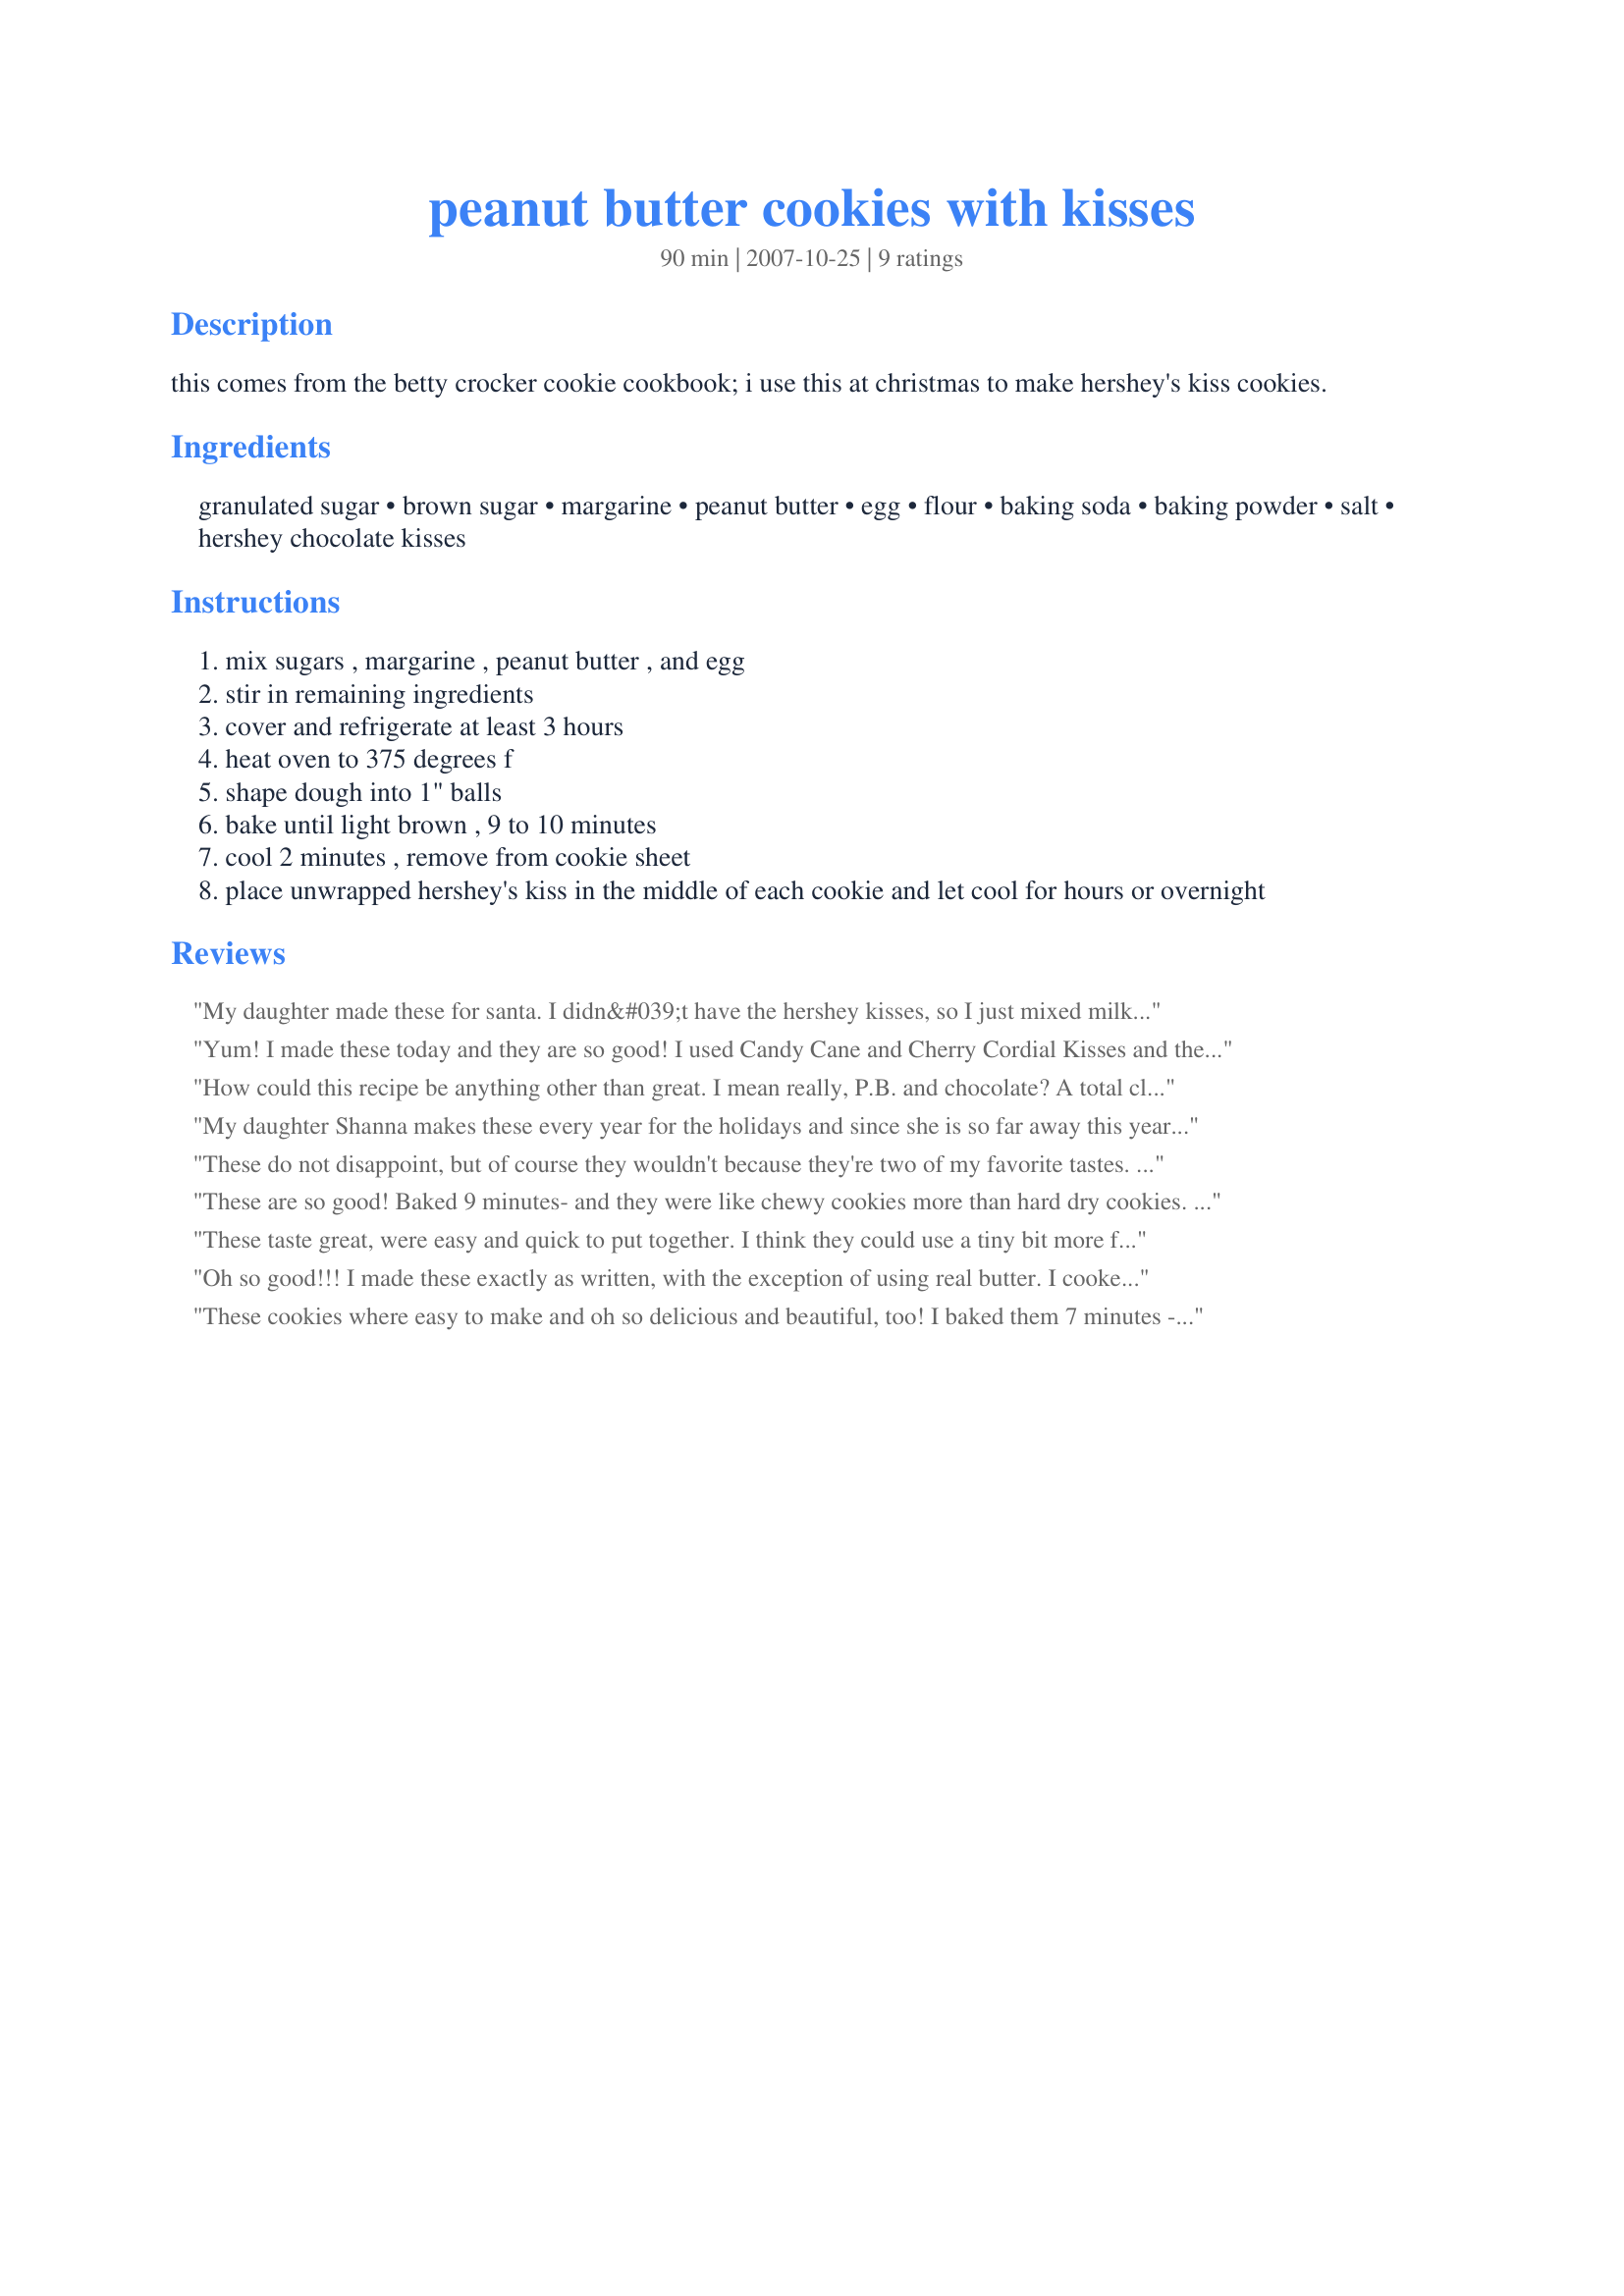
peanut butter cookies with kisses
Preparation time: 90 minutes

this comes from the betty crocker cookie cookbook; i use this at christmas to make hershey's kiss cookies.

Ingredients:
granulated sugar, brown sugar, margarine, peanut butter, egg, flour, baking soda, baking powder, salt, hershey chocolate kisses

Steps:
mix sugars , margarine , peanut butter , and egg
stir in remaining ingredients
cover and refrigerate at least 3 hours
heat oven to 375 degrees f
shape dough into 1" balls
bake until light brown , 9 to 10 minutes
cool 2 minutes , remove from cookie sheet
place unwrapped hershey's kiss in the middle of each cookie and let cool for hours or overnight

Reviews:
My daughter made these for santa. I didn&#039;t have the hershey kisses, so I just mixed milk chocolate chips in the dough.
Yum! I made these today and they are so good! I used Candy Cane and Cherry Cordial Kisses and they turned out perfect! Thanks so much for posting!! Made for 12 Days if Christmas recipe swap.
How could this recipe be anything other than great. I mean really, P.B. and chocolate? A total classic. This version did not disappoint in any way. I baked for 7 mins as my oven runs a touch hot. The came out nicely baked and firm enough to hold shape but were soft and yummy. Made for Sweet December Event.
My daughter Shanna makes these every year for the holidays and since she is so far away this year, we made a small batch of these in her honor. I don't know if the cookie dough is the same, but the taste of these little treats are delicious. These are great for gift baskets as well. :)
These do not disappoint, but of course they wouldn't because they're two of my favorite tastes. P.B. and of course chocolate. I used the Hershey Kisses milk chocolate and also Hershey Hugs. Thanks...and of course these will be a repeat in this house. Made for Holiday Beverage Tag 07.
These are so good! Baked 9 minutes- and they were like chewy cookies more than hard dry cookies. These were enjoyed by all ages. Thank you- made for Snow Queen edition of Comfort Cafe, Jan. 2010.
These taste great, were easy and quick to put together. I think they could use a tiny bit more flour, the dough was super soft to work with. I used the mini hersey kisses from the baking aisle and made small cookies with my scoop. The kids love them and I will make them again I am sure, just with a little more flour. Thanks a bunch.
Oh so good!!! I made these exactly as written, with the exception of using real butter. I cooked mine for 10 minutes and they were just how we like them, a little crisp on the outside and softer inside. I also used the mini Hershey Kisses that you don&#039;t have to take the wrappers off. Thanks for sharing the recipe Lynn!! Made for Sweet December event.
These cookies where easy to make and oh so delicious and beautiful, too! I baked them 7 minutes - they came out just right. Thanks, Lavender Lynn for posting!
